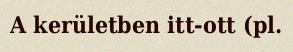
A kerületben itt-ott (pl.